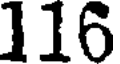
116